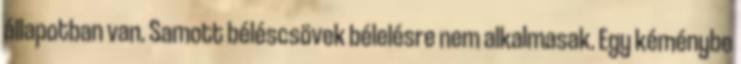
állapotban van. Samott béléscsövek bélelésre nem alkalmasak. Egy kéménybe